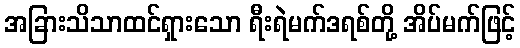
အခြားသိသာထင်ရှားသော ရီးရဲမက်ဒရစ်တို့ အိပ်မက်ဖြင့်